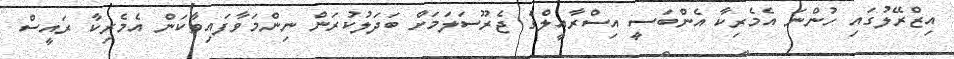
އިޒްރޭލުގައި ހުންނަ އެމެރިކާ އެންބަސީ އިސްރާއީލްގެ ޖެރޫސަލަމަށް ބަދަލުކުރަން ނިންމަވާފައިވާކަން އެމެރިކާ ރައީސް